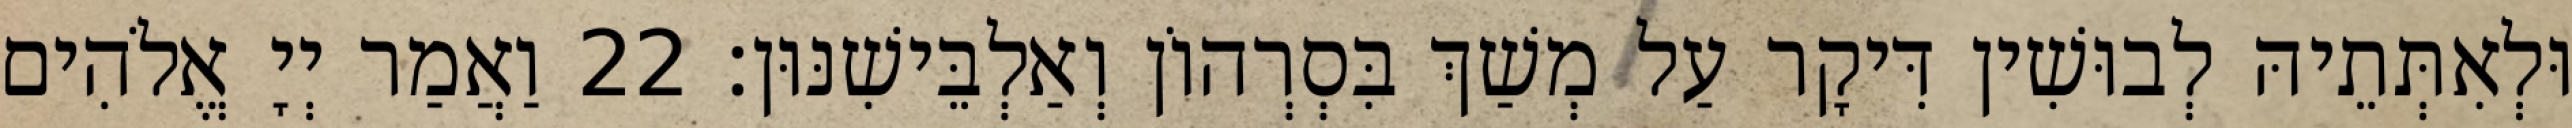
וּלְאִתְּתֵיהּ לְבוּשִׁין דִּיקָר עַל מְשַׁךְ בִּסְרְהוֹן וְאַלְבֵּישִׁנּוּן׃ 22 וַאֲמַר יְיָ אֱלֹהִים